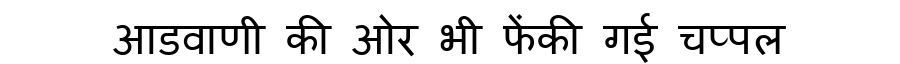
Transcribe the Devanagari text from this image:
आडवाणी की ओर भी फेंकी गई चप्पल